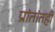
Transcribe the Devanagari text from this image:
प्रांतांतही